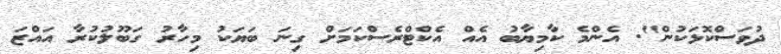
ދުވަސްކޮޅަކުން". އެންމެ ކާމިޔާބު އެއް އެކްޓްރެސްކަމަށް ގިނަ ބަޔަކު މިހާރު ގަބޫލުކުރާ އައްޒަ